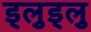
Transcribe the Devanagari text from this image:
ड्लुड्लु